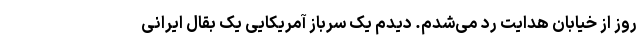
روز از خیابان هدایت رد می‌شدم. دیدم یک سرباز آمریکایی یک بقال ایرانی